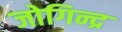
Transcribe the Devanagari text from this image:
जोगिन्द्र